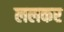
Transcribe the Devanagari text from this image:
ललकर